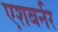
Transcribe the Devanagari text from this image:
एशबर्नर